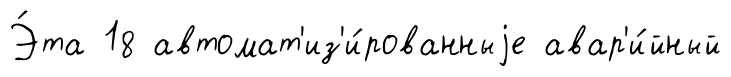
Э́та 18 автомат'из'и́рованныjе авар'и́йный